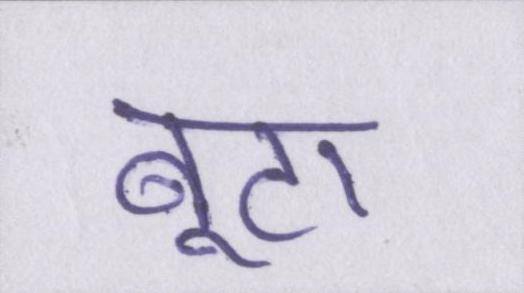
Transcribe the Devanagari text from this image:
बूटा